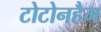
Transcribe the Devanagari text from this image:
टोटोनहैम